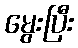
မွေးပြီး